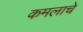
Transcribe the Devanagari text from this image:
कमलाचे